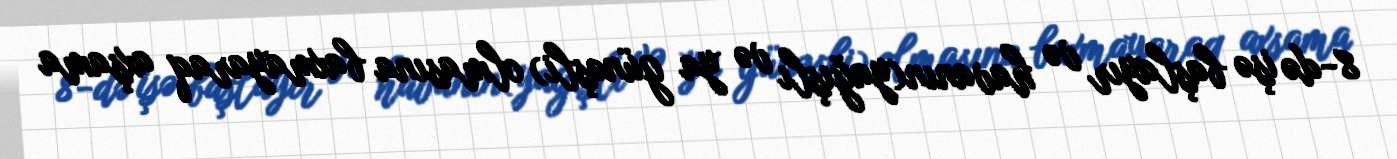
8-də işə başlayır və havanın(yağışlı və ya günəşli) olmasına baxmayaraq axşama